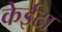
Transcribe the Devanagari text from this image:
केईटा